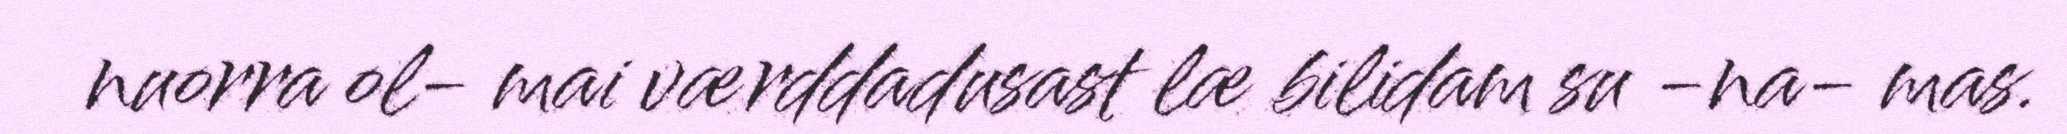
nuorra ol- mai værddadusast læ bilidam su -na- mas.